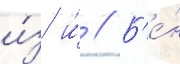
и́з и́ // Б'е́н